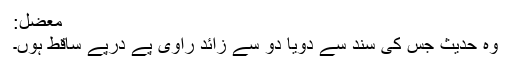
مُعْضَل:
وہ حدیث جس کی سند سے دویا دو سے زائد راوی پے درپے ساقط ہوں۔